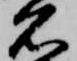
名